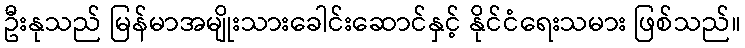
ဦးနုသည် မြန်မာအမျိုးသားခေါင်းဆောင်နှင့် နိုင်ငံရေးသမား ဖြစ်သည်။